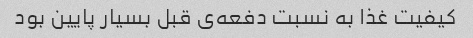
کیفیت غذا به نسبت دفعه‌ی قبل بسیار پایین بود